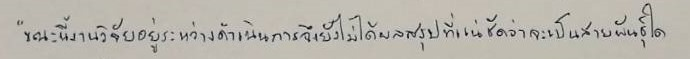
"ขณะนี้งานวิจัยอยู่ระหว่างดำเนินการจึงยังไม่ได้ผลสรุปที่แน่ชัดว่าจะเป็นสายพันธุ์ใด